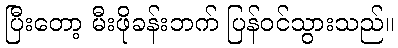
ပြီးတော့ မီးဖိုခန်းဘက် ပြန်ဝင်သွားသည်။